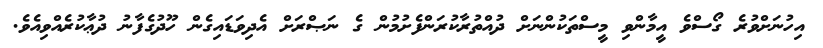
އިހުނަށްވުރެ ގޯސްވެ އީމާންވި މީސްތަކުންނަށް ދުއްތުރާކުރަންފެށުމުން ގެ ނަޞްރަށް އެދިވަޑައިގެން ހޫދުގެފާނު ދުޢާކުރެއްވިއެވެ.